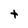
Character: t